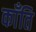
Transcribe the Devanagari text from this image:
काँति